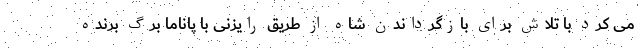
می کرد با تلاش برای بازگرداندن شاه از طریق رایزنی با پاناما برگ برنده